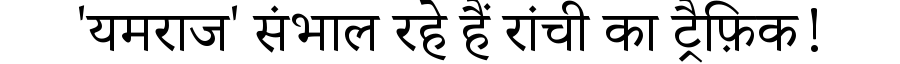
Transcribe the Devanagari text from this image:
'यमराज' संभाल रहे हैं रांची का ट्रैफ़िक!